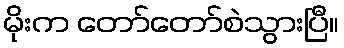
မိုးက တော်တော်စဲသွားပြီ။